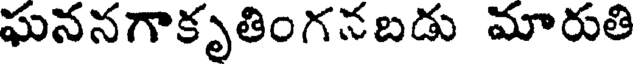
ఘననగాకృతింగనబడు మారుతి